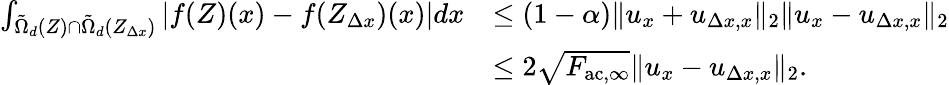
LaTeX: \begin{array}{rl}{\int_{\tilde{\Omega}_{d}(Z)\cap\tilde{\Omega}_{d}(Z_{\Delta x})}\left|f(Z)(x)-f(Z_{\Delta x})(x)\right|dx}&{\leq(1-\alpha)\| u_{x}+u_{\Delta x,x}\| _{2}\| u_{x}-u_{\Delta x,x}\| _{2}}\\ &{\leq 2\sqrt{F_{\mathrm{ac},\infty}}\| u_{x}-u_{\Delta x,x}\| _{2}.}\end{array}